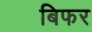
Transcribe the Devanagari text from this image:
बिफर